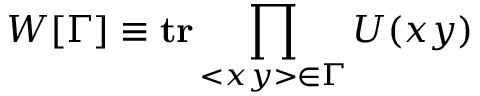
W [ \Gamma ] \equiv \mathrm { \bf t r } \prod _ { < x y > \in \Gamma } U ( x y )